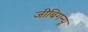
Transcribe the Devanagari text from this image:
जीबिगन्यू